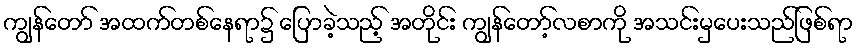
ကျွန်တော် အထက်တစ်နေရာ၌ ပြောခဲ့သည့် အတိုင်း ကျွန်တော့်လစာကို အသင်းမှပေးသည်ဖြစ်ရာ